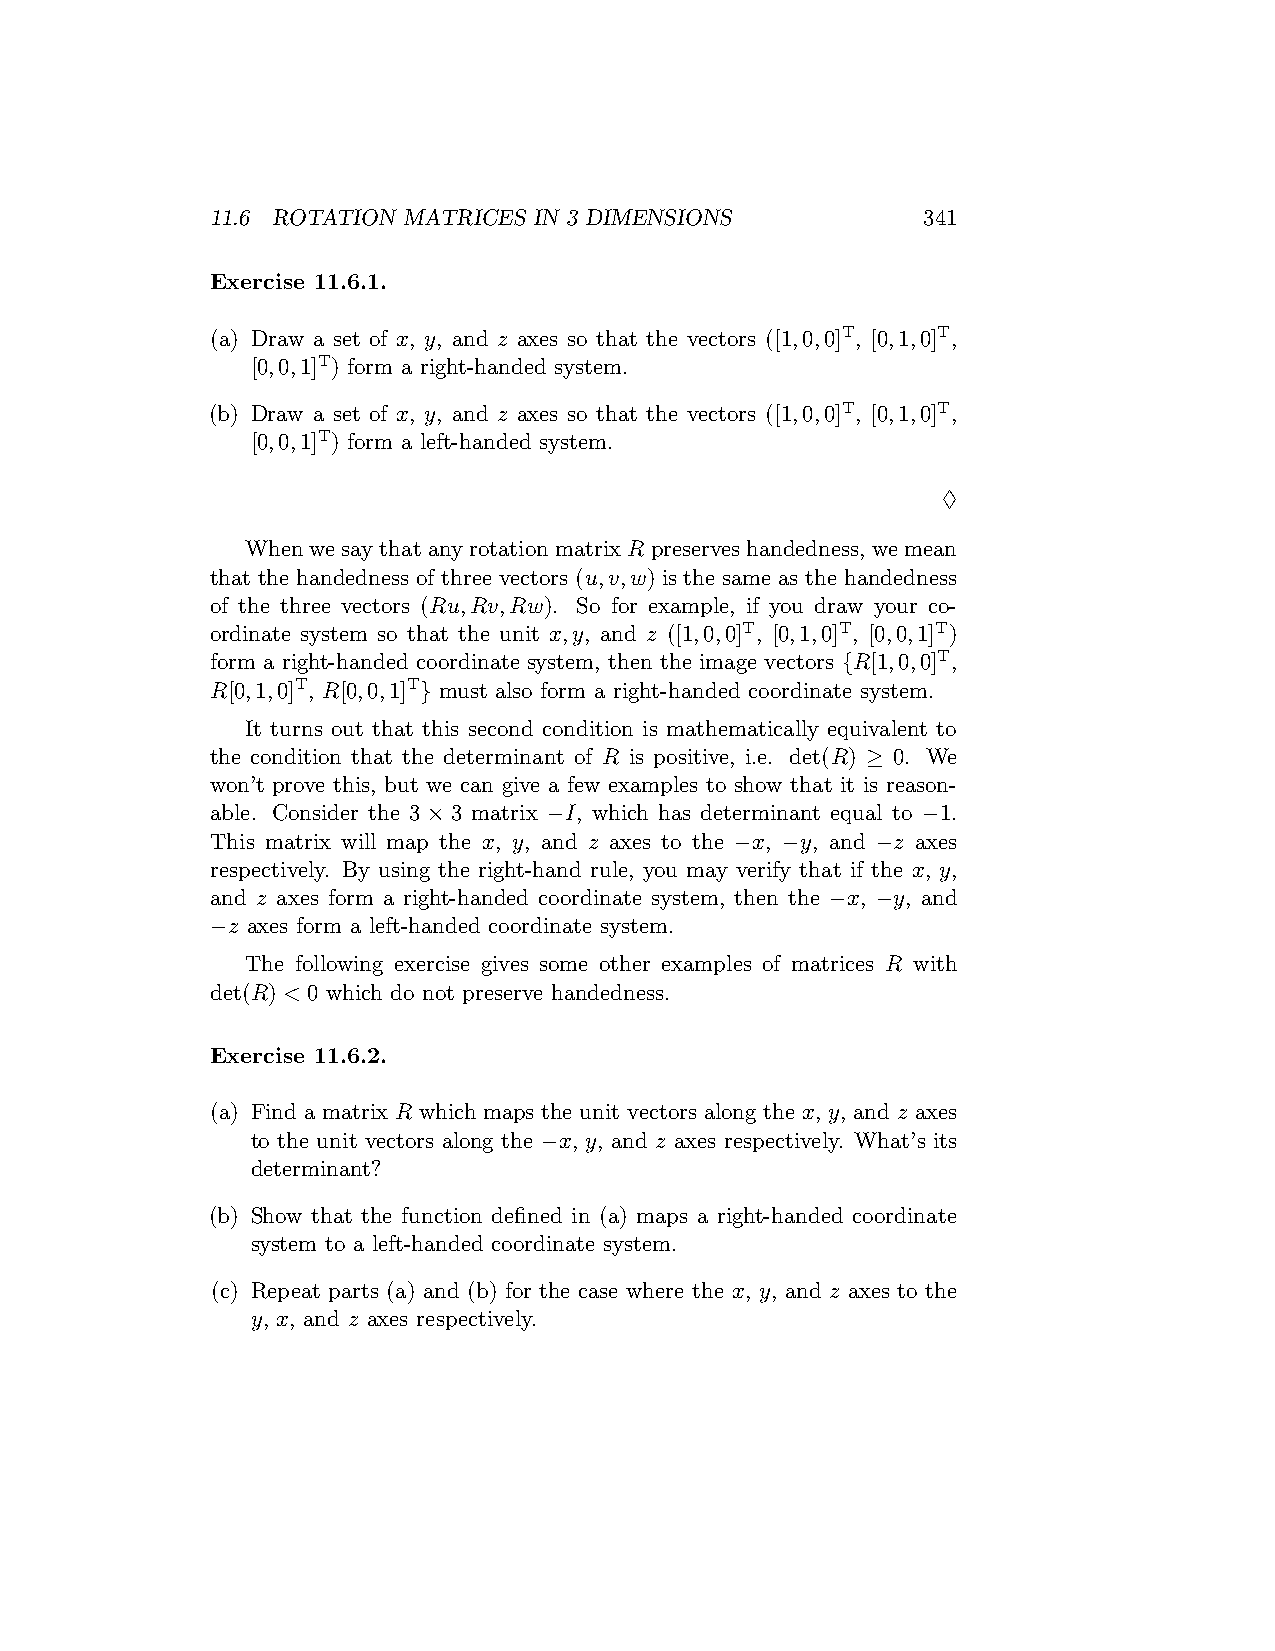
11.6 ROTATION MATRICES IN 3 DIMENSIONS         341
 Exercise 11.6.1.
 (a) Draw a set of x, y, and z axes so that the vectors ([1,0,0]T, [0,1,0]T,
 [0,0,1]T) form a right-handed system.
 (b) Draw a set of x, y, and z axes so that the vectors ([1,0,0]T, [0,1,0]T,
 [0,0,1]T) form a left-handed system.
 ♢
 WhenwesaythatanyrotationmatrixR preserveshandedness, wemean
 that the handedness of three vectors (u,v,w) is the same as the handedness
 of the three vectors (Ru,Rv,Rw). So for example, if you draw your co-
 ordinate system so that the unit x,y, and z ([1,0,0]T, [0,1,0]T, [0,0,1]T)
 form a right-handed coordinate system, then the image vectors {R[1,0,0]T,
 R[0,1,0]T, R[0,0,1]T} must also form a right-handed coordinate system.
 It turns out that this second condition is mathematically equivalent to
 the condition that the determinant of R is positive, i.e. det(R) ≥ 0. We
 won’t prove this, but we can give a few examples to show that it is reason-
 able. Consider the 3×3 matrix −I, which has determinant equal to −1.
 This matrix will map the x, y, and z axes to the −x, −y, and −z axes
 respectively. By using the right-hand rule, you may verify that if the x, y,
 and z axes form a right-handed coordinate system, then the −x, −y, and
 −z axes form a left-handed coordinate system.
 The following exercise gives some other examples of matrices R with
 det(R) < 0 which do not preserve handedness.
 Exercise 11.6.2.
 (a) Find a matrix R which maps the unit vectors along the x, y, and z axes
 to the unit vectors along the −x, y, and z axes respectively. What’s its
 determinant?
 (b) Show that the function defined in (a) maps a right-handed coordinate
 system to a left-handed coordinate system.
 (c) Repeat parts (a) and (b) for the case where the x, y, and z axes to the
 y, x, and z axes respectively.